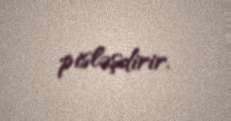
pisləşdirir.